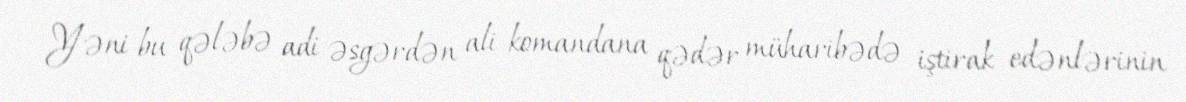
Yəni bu qələbə adi əsgərdən ali komandana qədər müharibədə iştirak edənlərinin